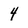
Character: 4